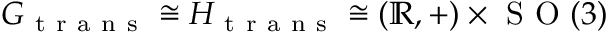
G _ { \mathrm { ~ t ~ r ~ a ~ n ~ s ~ } } \cong H _ { \mathrm { ~ t ~ r ~ a ~ n ~ s ~ } } \cong ( \mathbb { R } , + ) \times \mathrm { ~ S ~ O ~ } ( 3 )